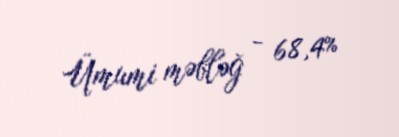
Ümumi məbləğ - 68,4%